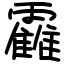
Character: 靃